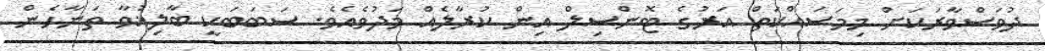
ދުވަސްވާރަކަށް މިމަސައްކަތް އަރުގެ ޓޮންސިލް އިން ކުރާލެއް މަދުވެއެވެ. ސަބަބަކީ ބާލިޣުވާ ތަނާހެން